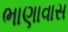
ભાણાવાસ